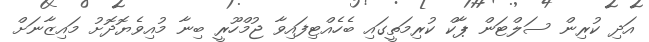
އަދި ކުރިން ސަލްޓަން ޕާކް ކުރިމަތީގައި ބެހެއްޓިފައިވާ ޖުމްހޫރީ ބިނާ މުއިވެޔޮދޮށު މައިޒާނަށް